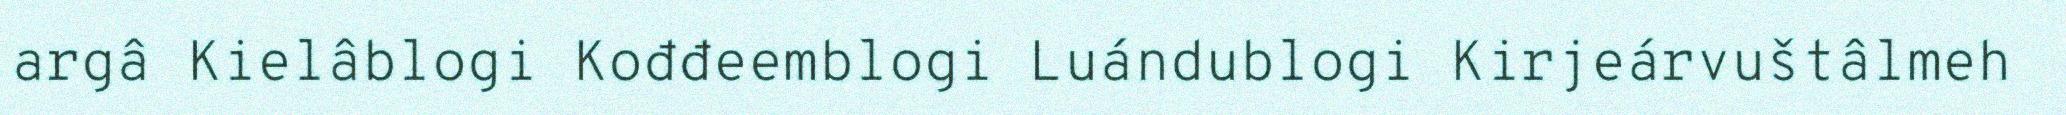
argâ Kielâblogi Kođđeemblogi Luándublogi Kirjeárvuštâlmeh